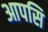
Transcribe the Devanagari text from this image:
आपसि